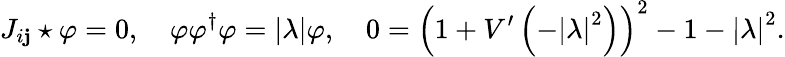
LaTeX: J_{i\mathbf{j}}\star\varphi=0,\quad\varphi\varphi^{\dagger}\varphi=\left|\lambda\right|\varphi,\quad0=\left(1+V^{\prime}\left(-\left|\lambda\right|^{2}\right)\right)^{2}-1-\left|\lambda\right|^{2}.